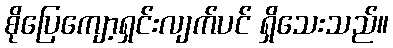
စိုပြေကျော့ရှင်းလျက်ပင် ရှိသေးသည်။